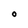
Character: O